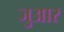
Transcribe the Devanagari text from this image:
जुआर